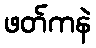
ဖတ်ကနဲ